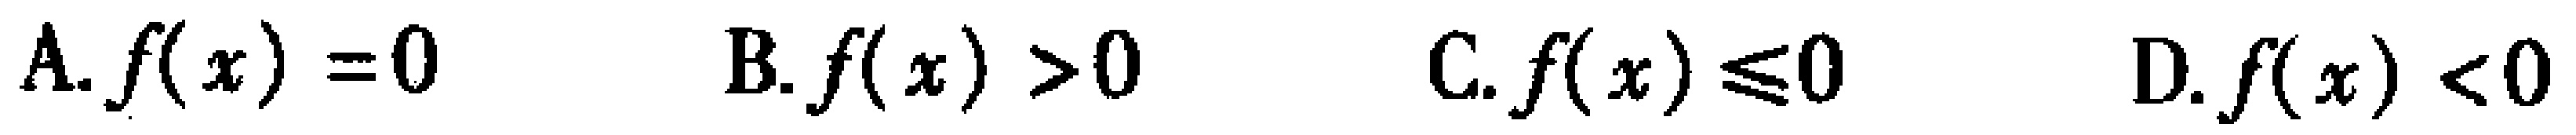
A. \(f(x) = 0\)  B. \(f(x) > 0\)  C. \(f(x) \leq 0\)  D. \(f(x) < 0\)